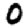
Digit: 0